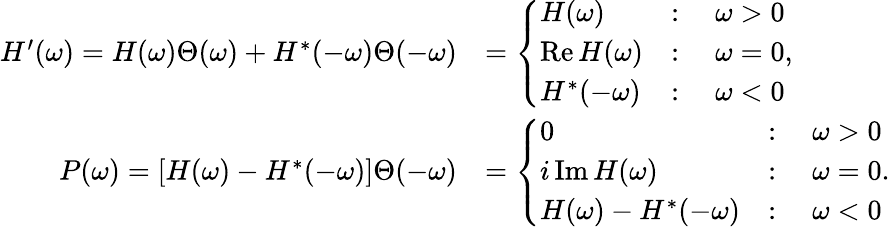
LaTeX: \begin{array}{rl}{H^{\prime}(\omega)=H(\omega)\Theta(\omega)+H^{*}(-\omega)\Theta(-\omega)}&{=\left\{ \begin{array}{ll}{H(\omega)}&{:\quad\omega>0}\\ {\operatorname{Re}H(\omega)}&{:\quad\omega=0}\\ {H^{*}(-\omega)}&{:\quad\omega<0}\end{array}\right.,}\\ {P(\omega)=[H(\omega)-H^{*}(-\omega)]\Theta(-\omega)}&{=\left\{ \begin{array}{ll}{0}&{:\quad\omega>0}\\ {i\operatorname{Im}H(\omega)}&{:\quad\omega=0}\\ {H(\omega)-H^{*}(-\omega)}&{:\quad\omega<0}\end{array}\right..}\end{array}